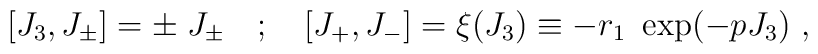
\lbrack J_3, J_{\pm} \rbrack = \pm \;J_{\pm} \quad ; \quad   \lbrack J_{+},J_{-} \rbrack = \xi(J_3) \equiv  -r_1~\exp(-pJ_3) ~,